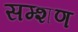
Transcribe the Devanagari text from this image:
सम्शण